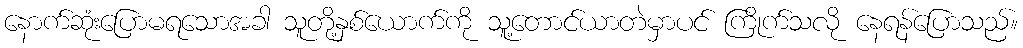
နောက်ဆုံးပြောမရသောအခါ သူတို့နှစ်ယောက်ကို သူ့တောင်ယာတဲမှာပင် ကြိုက်သလို နေရန်ပြောသည်။